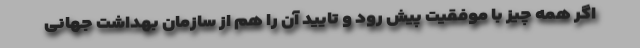
اگر همه چیز با موفقیت پیش رود و تایید آن را هم از سازمان بهداشت جهانی